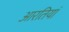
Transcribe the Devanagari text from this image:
आरतियां